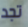
تجد